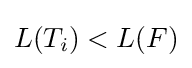
L(T_{i})<L(F)